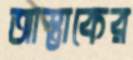
আস্তাকের